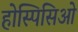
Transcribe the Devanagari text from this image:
होस्पिसिओ